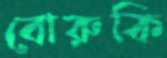
বোরুকি